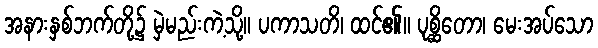
အနားနှစ်ဘက်တို့၌ မှဲမည်းကဲ့သို့။ ပကာသတိ၊ ထင်၏။ ပုစ္ဆိတော၊ မေးအပ်သော